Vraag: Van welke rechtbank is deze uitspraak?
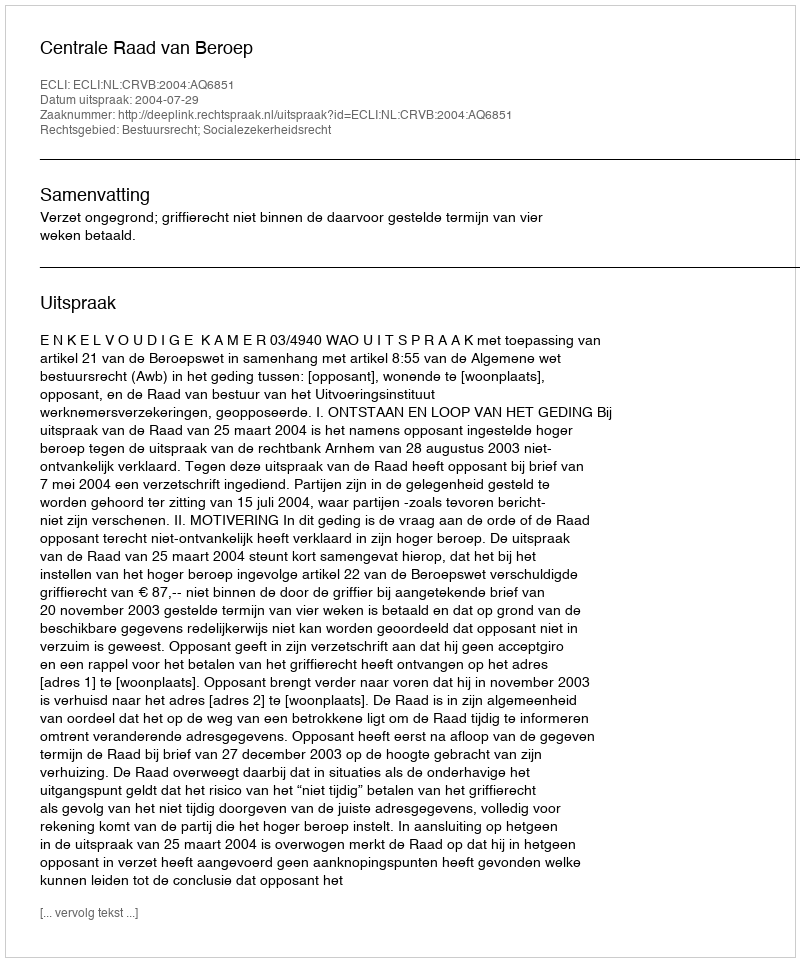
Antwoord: Centrale Raad van Beroep